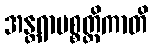
အန္တရာပစ္စတ္ထိကာတိ